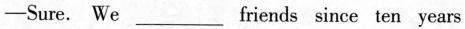
-Sure. We ____friends since ten years